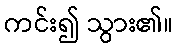
ကင်း၍ သွား၏။